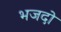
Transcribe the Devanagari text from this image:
भजदो